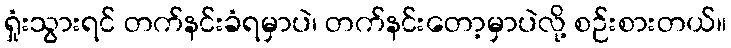
ရှုံးသွားရင် တက်နင်းခံရမှာပဲ၊ တက်နင်းတော့မှာပဲလို့ စဉ်းစားတယ်။